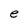
Character: e